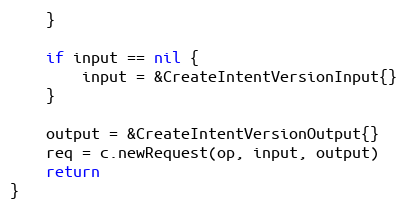
Language: Go
	}

	if input == nil {
		input = &CreateIntentVersionInput{}
	}

	output = &CreateIntentVersionOutput{}
	req = c.newRequest(op, input, output)
	return
}